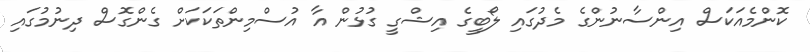
ކޮންމެއަކަސް އިންސާނުންގެ މެދުގައި ލޯބީގެ އިޝްގީ ގުޅުން އާ އުސްމިންތަކަކަށް ގެންގޮސް ދިނުމުގައި